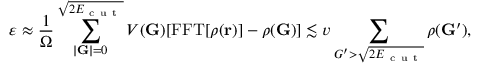
\varepsilon \approx \frac { 1 } { \Omega } \sum _ { | \mathbf { G } | = 0 } ^ { \sqrt { 2 E _ { \mathrm { ~ c ~ u ~ t ~ } } } } V ( \mathbf { G } ) [ \mathrm { F F T } [ \rho ( \mathbf { r } ) ] - \rho ( \mathbf { G } ) ] \lesssim v \sum _ { G ^ { \prime } > \sqrt { 2 E _ { \mathrm { ~ c ~ u ~ t ~ } } } } \rho ( \mathbf { G } ^ { \prime } ) ,